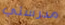
مدرستي